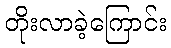
တိုးလာခဲ့ကြောင်း